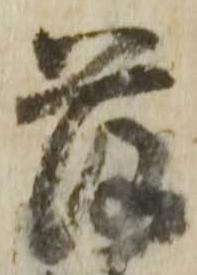
落